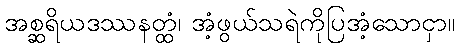
အစ္ဆရိယဒဿနတ္ထံ၊ အံ့ဖွယ်သရဲကိုပြအံ့သောငှာ။